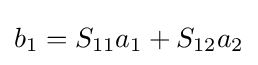
b_{1}=S_{11}a_{1}+S_{12}a_{2}